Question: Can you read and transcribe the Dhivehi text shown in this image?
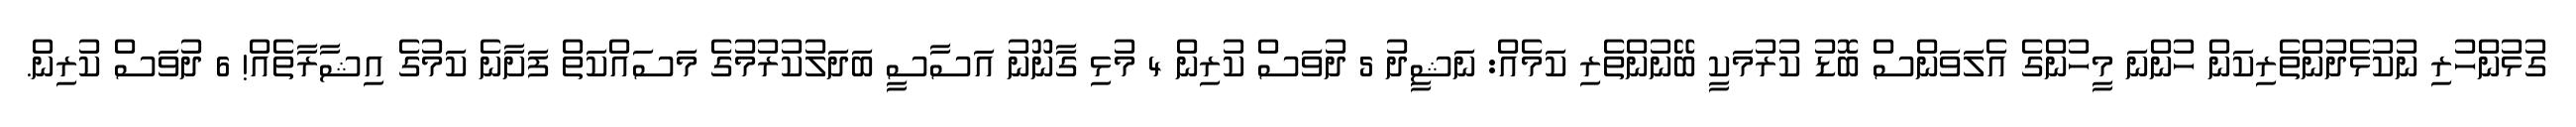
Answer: ގުޅުންހުރި ނުކުޅެދުންތެރިކަން ހުންނަ މީހުންގެ އެލަވަންސް ބޮޑު ކުރުމަކީ ބޭނުންތެރި ކަމެއް: ނަޝީދު 5 ދުވަސް ކުރިން 4 މުޅި ގާނޫނު އަސާސީ ބަދަލުކުރުމުގެ މަސައްކަތް ފަށާނެ ކަމުގެ އިޝާރާތެއް! 6 ދުވަސް ކުރިން.